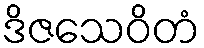
ဒိဇသေဝိတံ